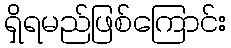
ရှိရမည်ဖြစ်ကြောင်း